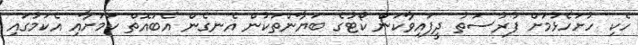
ހެކި ހުށަހެޅުމަށް ފުރުސަތު ދީފައިވާކަން ކޯޓުގެ ބަޔާންތަކުން އެނގެން އެބައޮތް ކަމަށާއި އެކަމުގައި